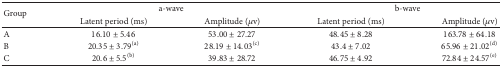
| <ROWSPAN=2> Group | <COLSPAN=2> a-wave | <COLSPAN=2> b-wave |
 | Latent period (ms) | Amplitude (μv) | Latent period (ms) | Amplitude (μv) |
 | --- | --- | --- | --- | --- |
 | A | 16.10 ± 5.46 | 53.00 ± 27.27 | 48.45 ± 8.28 | 163.78 ± 64.18 |
 | B | 20.35 ± 3.79(a) | 28.19 ± 14.03(c) | 43.4 ± 7.02 | 65.96 ± 21.02(d) |
 | C | 20.6 ± 5.5(b) | 39.83 ± 28.72 | 46.75 ± 4.92 | 72.84 ± 24.57(e) |